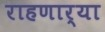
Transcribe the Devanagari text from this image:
राहणार्या